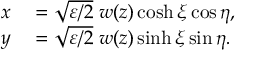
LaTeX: \begin{array} { r l } { x } & { { } = { \sqrt { \varepsilon / 2 } } \; w ( z ) \cosh \xi \cos \eta , } \\ { y } & { { } = { \sqrt { \varepsilon / 2 } } \; w ( z ) \sinh \xi \sin \eta . } \end{array}